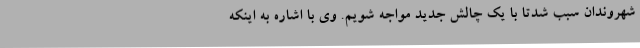
شهروندان سبب شدتا با یک چالش جدید مواجه شویم. وی با اشاره به اینکه